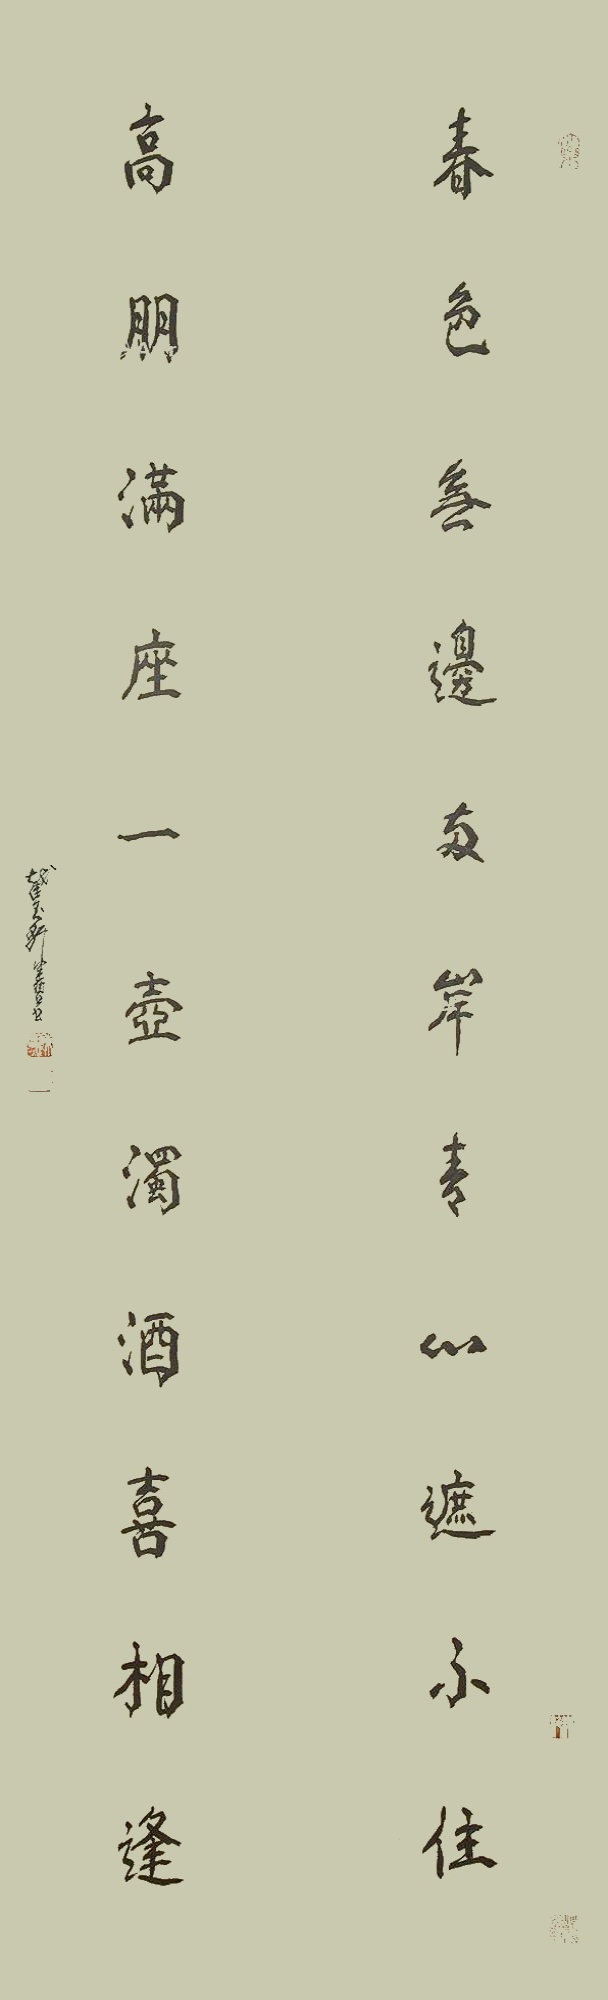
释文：春色无边两岸青山遮不住，高朋满座一壶浊酒喜相逢。截玉轩健碧书。